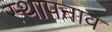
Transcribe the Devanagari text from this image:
स्थापनाव